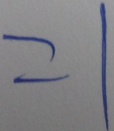
= 1